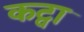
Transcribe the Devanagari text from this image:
कट्वा